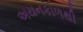
અયનકાળથી